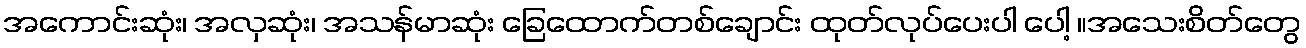
အကောင်းဆုံး၊ အလှဆုံး၊ အသန်မာဆုံး ခြေထောက်တစ်ချောင်း ထုတ်လုပ်ပေးပါ ပေါ့ ။အသေးစိတ်တွေ